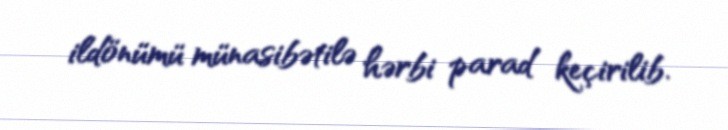
ildönümü münasibətilə hərbi parad keçirilib.